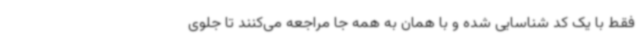
فقط با یک کد شناسایی شده و با همان به همه جا مراجعه می‌کنند تا جلوی